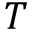
T